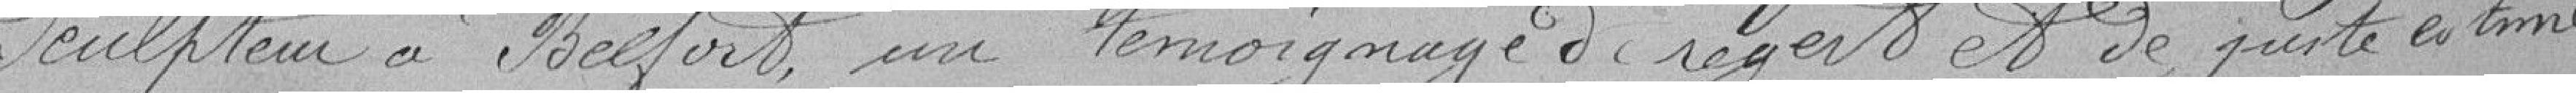
Sculpteur à Belfort, un témoignage de regret et de fierté estime